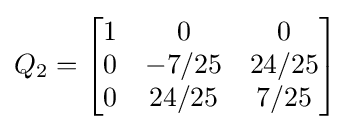
Q_{2}={\begin{bmatrix}1&0&0\\0&-7/25&24/25\\0&24/25&7/25\end{bmatrix}}